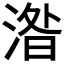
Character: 𣸄